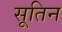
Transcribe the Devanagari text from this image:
सूतिन